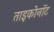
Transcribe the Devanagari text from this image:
ताइकोनॉट